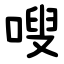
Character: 嗖